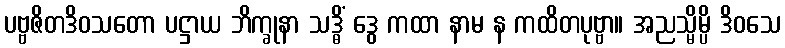
ပဗ္ဗဇိတဒိဝသတော ပဋ္ဌာယ ဘိက္ခုနာ သဒ္ဓိံ ဒွေ ကထာ နာမ န ကထိတပုဗ္ဗာ။ အညသ္မိမ္ပိ ဒိဝသေ